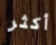
أكثر